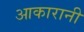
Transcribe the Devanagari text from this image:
आकारानी